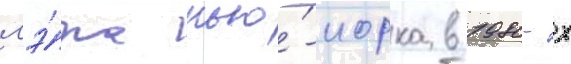
мэ́ра нью́-иорка в 1980-х